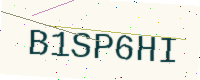
Text: B1SP6HI